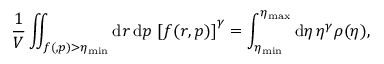
\frac { 1 } { V } \iint _ { f ( \v { r } , \v { p } ) > \eta _ { \mathrm { m i n } } } \mathrm { d } \boldsymbol { r } \, \mathrm { d } \boldsymbol { p } \, \left[ f ( \boldsymbol { r } , \boldsymbol { p } ) \right] ^ { \gamma } = \int _ { \eta _ { \mathrm { m i n } } } ^ { \eta _ { \mathrm { m a x } } } \mathrm { d } \eta \, \eta ^ { \gamma } \rho ( \eta ) ,